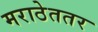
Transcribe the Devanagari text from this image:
मराठेततर